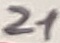
Text: 21